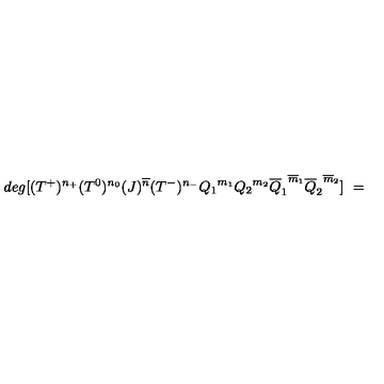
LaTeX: d e g [ ( T ^ { + } ) ^ { n _ { + } } ( T ^ { 0 } ) ^ { n _ { 0 } } ( J ) ^ { \overline { { n } } } ( T ^ { - } ) ^ { n _ { - } } { Q _ { 1 } } ^ { m _ { 1 } } { Q _ { 2 } } ^ { m _ { 2 } } { \overline { { Q } } _ { 1 } } ^ { \overline { { m } } _ { 1 } } { \overline { { Q } } _ { 2 } } ^ { \overline { { m } } _ { 2 } } ] \ =